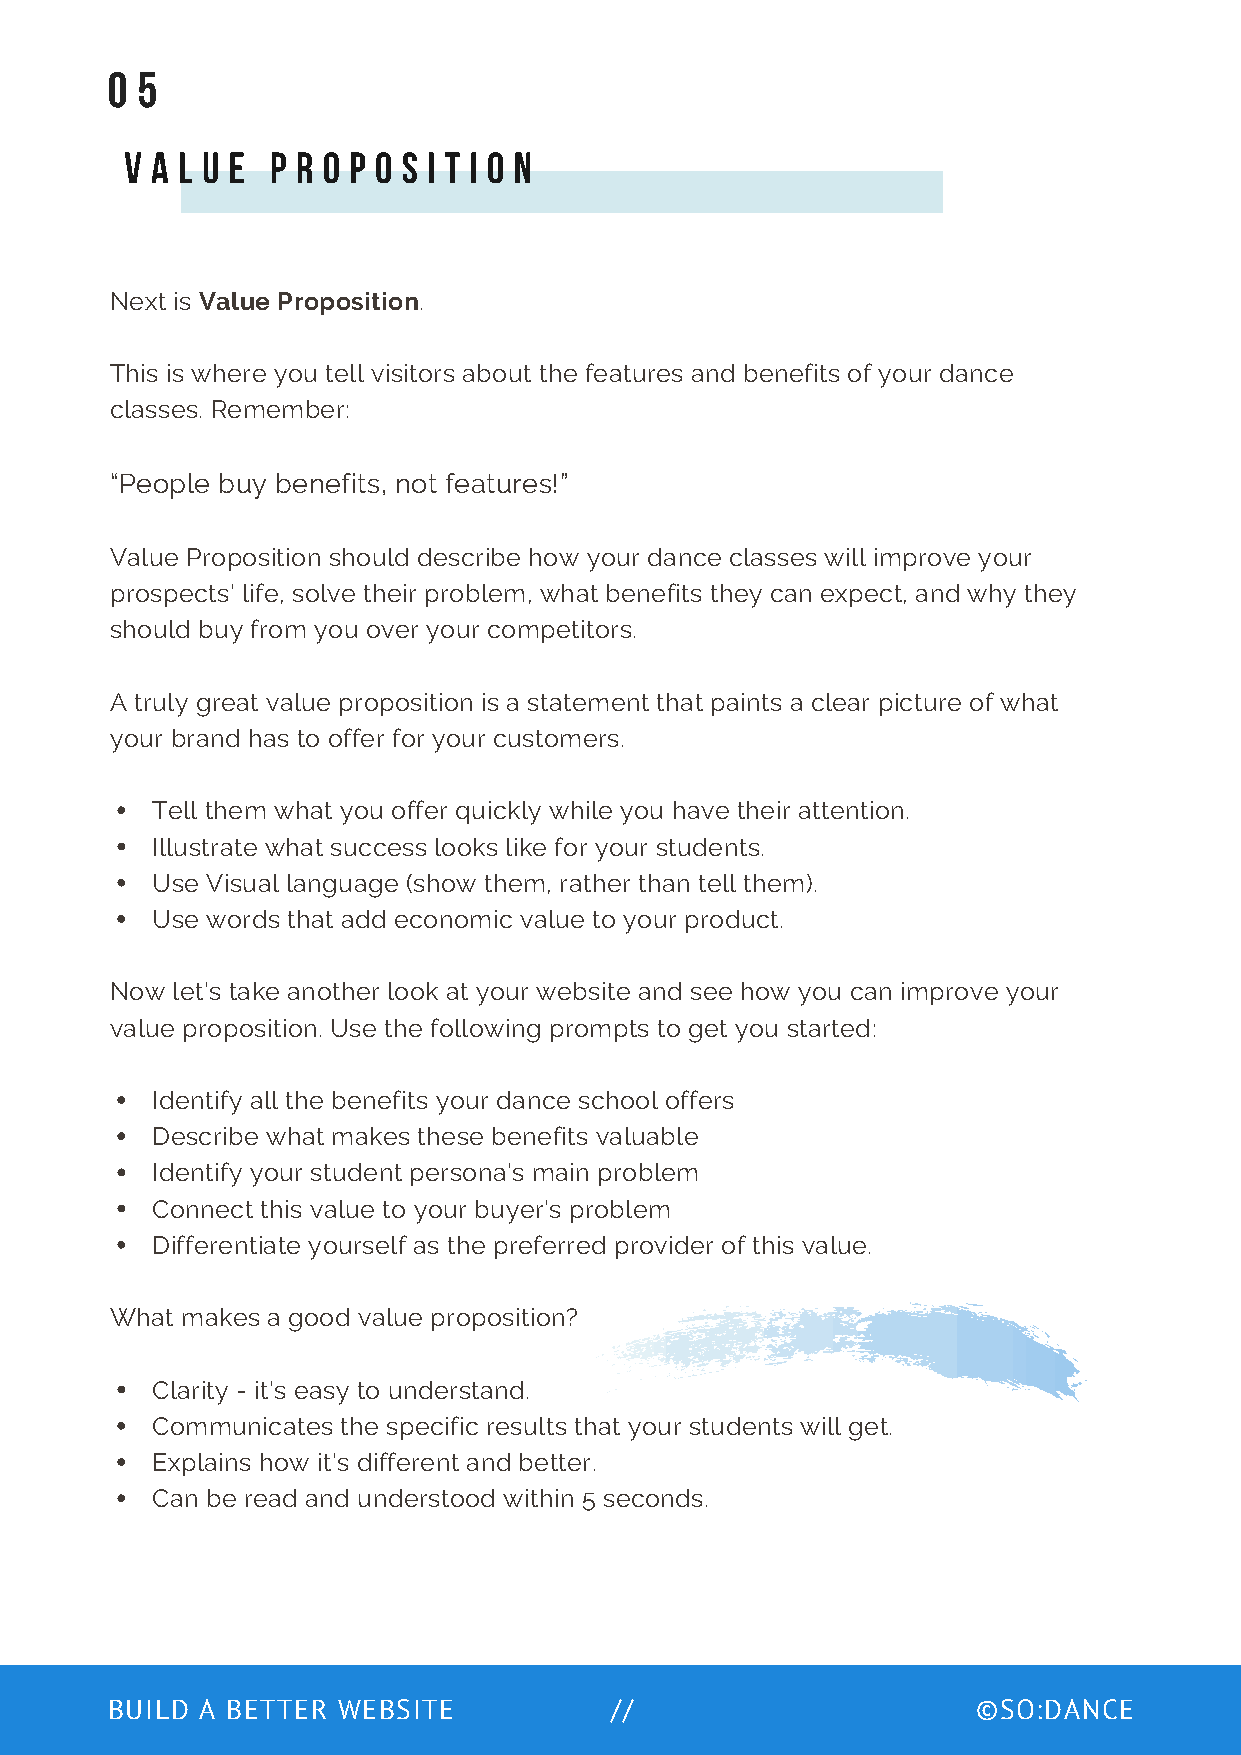
0 5
 V A L U E P R O P O S I T I O N
 Next is Value Proposition.
 This is where you tell visitors about the features and benefits of your dance
 classes. Remember:
 “People buy benefits, not features!”
 Value Proposition should describe how your dance classes will improve your
 prospects’ life, solve their problem, what benefits they can expect, and why they
 should buy from you over your competitors.
 A truly great value proposition is a statement that paints a clear picture of what
 your brand has to offer for your customers.
 Tell them what you offer quickly while you have their attention.
 Illustrate what success looks like for your students.
 Use Visual language (show them, rather than tell them).
 Use words that add economic value to your product.
 Now let’s take another look at your website and see how you can improve your
 value proposition. Use the following prompts to get you started:
 Identify all the benefits your dance school offers
 Describe what makes these benefits valuable
 Identify your student persona’s main problem
 Connect this value to your buyer’s problem
 Differentiate yourself as the preferred provider of this value.
 What makes a good value proposition?
 Clarity - it’s easy to understand.
 Communicates the specific results that your students will get.
 Explains how it’s different and better.
 Can be read and understood within 5 seconds.
 BUILD A BETTER WEBSITE           //                       ©SO:DANCE